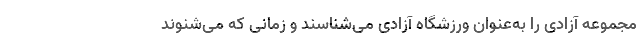
مجموعه آزادی را به‌عنوان ورزشگاه آزادی می‌شناسند و زمانی که می‌شنوند